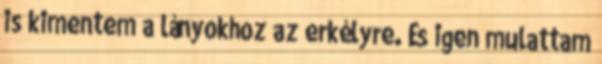
is kimentem a lányokhoz az erkélyre. És igen mulattam